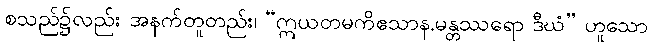
စသည်၌လည်း အနက်တူတည်း၊ “ဣယတမကိဧသာန.မန္တဿရော ဒီဃံ” ဟူသော